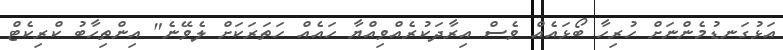
އަޅުގަނޑުމެންނަށް ހުރިހާ ބޯޅައެއް ވެސް އިރާދަކުރެއްވިއްޔާ ހައެއް ހަތަރަކަށް ލެވޭނެ" އިންތިހާބު ކްރިކެޓް